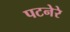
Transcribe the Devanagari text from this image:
पटनेरे